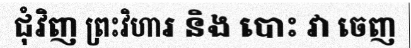
ជុំវិញ ព្រះវិហារ និង បោះ វា ចេញ